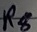
Text: R8